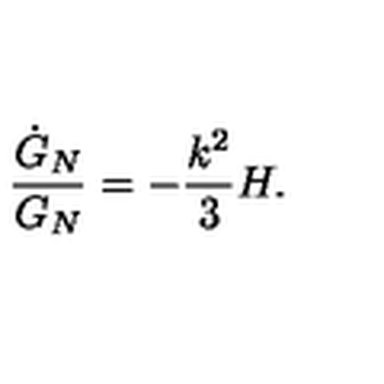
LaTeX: { \frac { \dot { G } _ { N } } { G _ { N } } } = - { \frac { k ^ { 2 } } { 3 } } H .